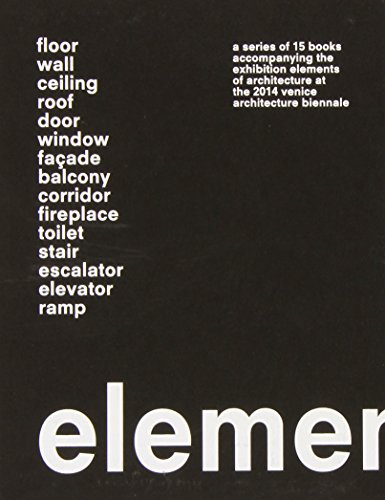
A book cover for Elements; Rem Koolhaas; Arts & Photography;